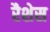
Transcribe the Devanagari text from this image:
रैशेस